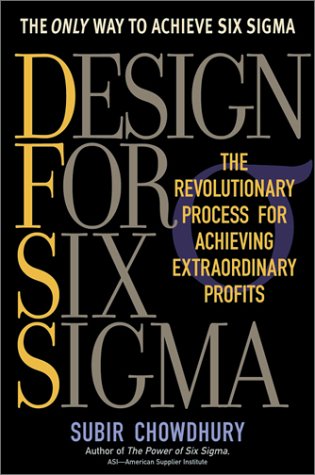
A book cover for Design for Six Sigma; Subir Chowdhury; Business & Money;